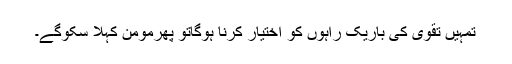
تمہیں تقویٰ کی باریک راہوں کو اختیار کرنا ہوگاتو پھرمومن کہلا سکوگے۔